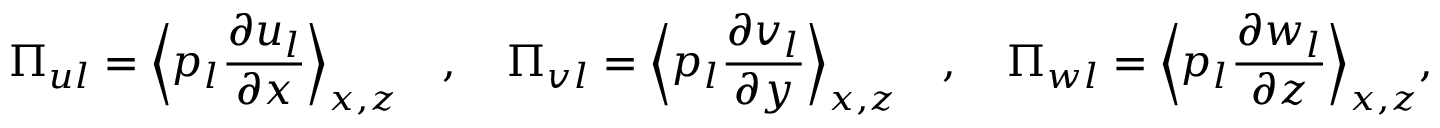
\Pi _ { u l } = \Bigl \langle p _ { l } \frac { \partial u _ { l } } { \partial x } \Bigr \rangle _ { x , z } \quad , \quad \Pi _ { v l } = \Bigl \langle p _ { l } \frac { \partial v _ { l } } { \partial y } \Bigr \rangle _ { x , z } \quad , \quad \Pi _ { w l } = \Bigl \langle p _ { l } \frac { \partial w _ { l } } { \partial z } \Bigr \rangle _ { x , z } , \: